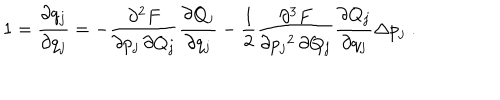
LaTeX: 1 = \frac { \partial q _ { j } } { \partial q _ { j } } = - \frac { \partial ^ { 2 } F } { \partial p _ { j } \, \partial Q _ { j } } \frac { \partial Q _ { j } } { \partial q _ { j } } - \frac { 1 } { 2 } \frac { \partial ^ { 3 } F } { \partial { p _ { j } } ^ { 2 } \, \partial Q _ { j } } \frac { \partial Q _ { j } } { \partial q _ { j } } \Delta p _ { j } \; .